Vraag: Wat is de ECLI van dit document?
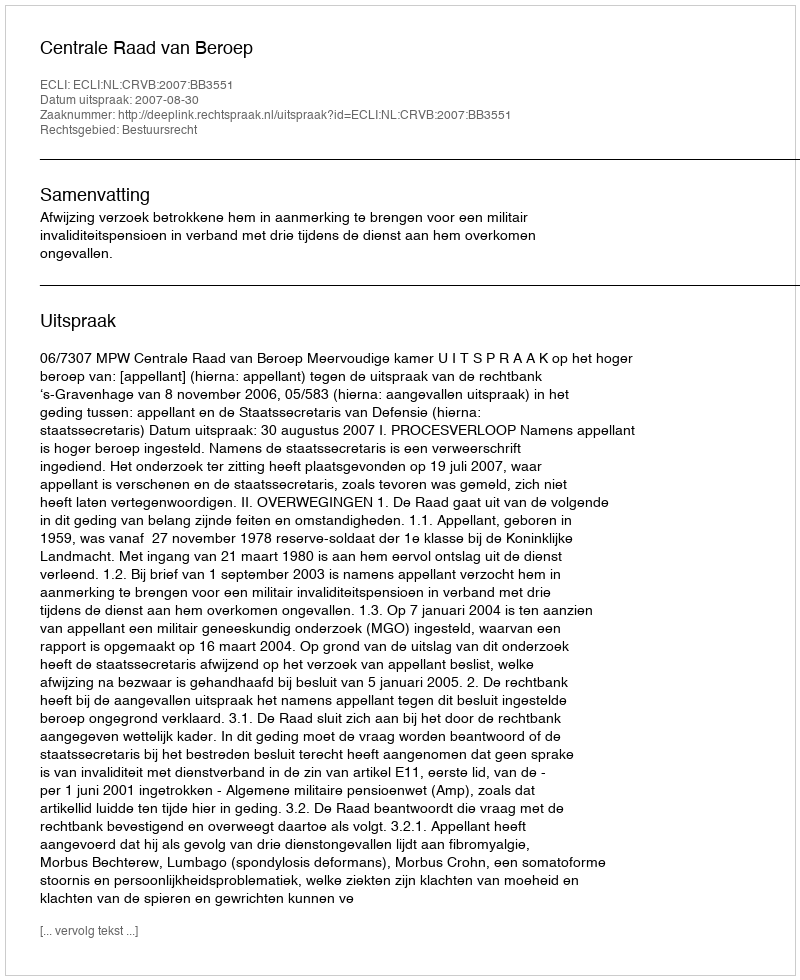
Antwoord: ECLI:NL:CRVB:2007:BB3551